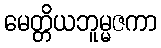
မေတ္တိယဘူမ္မဇကာ